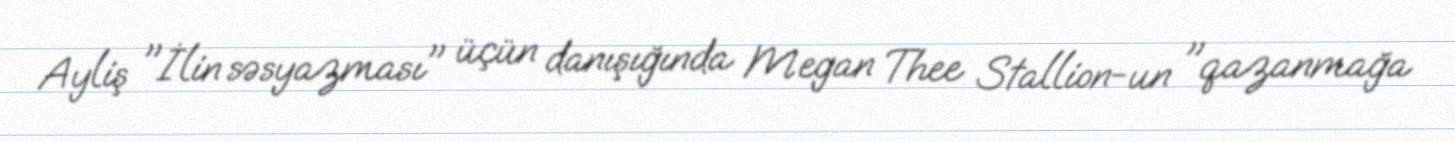
Ayliş "İlin səsyazması" üçün danışığında Megan Thee Stallion-un "qazanmağa